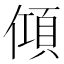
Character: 𬿦